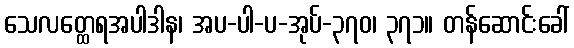
သေလတ္ထေရအပါဒါန၊ အပ-ပါ-ပ-အုပ်-၃၇၀၊ ၃၇၁။ တန်ဆောင်းခေါ်